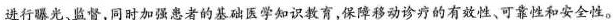
进行曝光、监督,同时加强患者的基础医学知识教育,保障移动诊疗的有效性、可靠性和安全性。